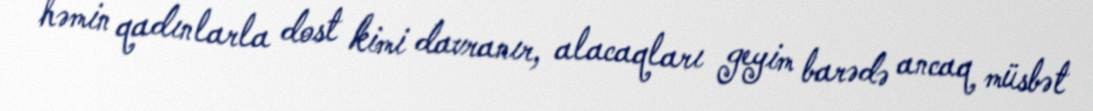
həmin qadınlarla dost kimi davranır, alacaqları geyim barədə ancaq müsbət